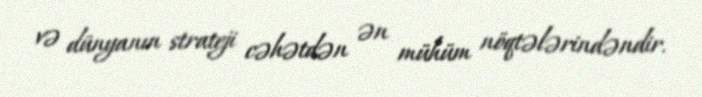
və dünyanın strateji cəhətdən ən mühüm nöqtələrindəndir.